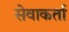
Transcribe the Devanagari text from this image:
सेवाकर्ता